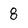
Character: 8